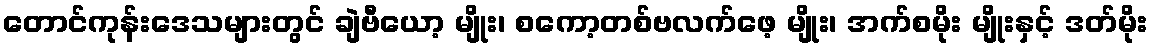
တောင်ကုန်းဒေသများတွင် ချဲဗီယော့ မျိုး၊ စကော့တစ်ဗလက်ဖေ့ မျိုး၊ အက်စမိုး မျိုးနှင့် ဒတ်မိုး